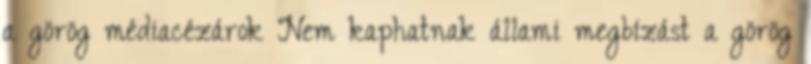
a görög médiacézárok Nem kaphatnak állami megbízást a görög